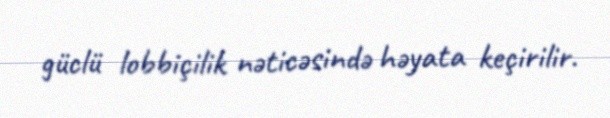
güclü lobbiçilik nəticəsində həyata keçirilir.